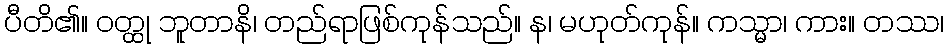
ပီတိ၏။ ဝတ္ထု ဘူတာနိ၊ တည်ရာဖြစ်ကုန်သည်။ န၊ မဟုတ်ကုန်။ ကသ္မာ၊ ကား။ တဿ၊